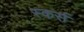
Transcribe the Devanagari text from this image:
स्कर्स